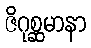
ဇိဂုစ္ဆမာနာ